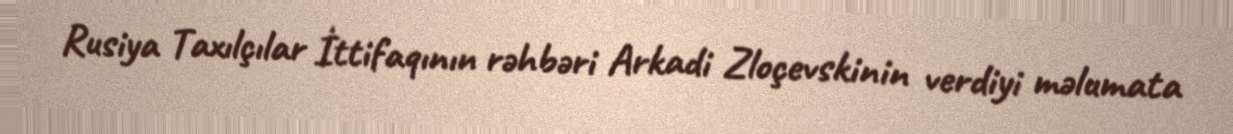
Rusiya Taxılçılar İttifaqının rəhbəri Arkadi Zloçevskinin verdiyi məlumata